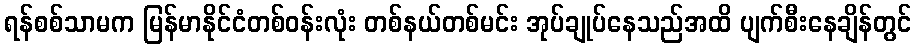
ရန်စစ်သာမက မြန်မာနိုင်ငံတစ်ဝန်းလုံး တစ်နယ်တစ်မင်း အုပ်ချုပ်နေသည်အထိ ပျက်စီးနေချိန်တွင်